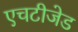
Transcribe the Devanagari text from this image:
एचटीजेड